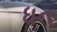
ધન